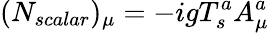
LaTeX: (N_{scalar})_{\mu}=-igT_{s}^{a}A_{\mu}^{a}